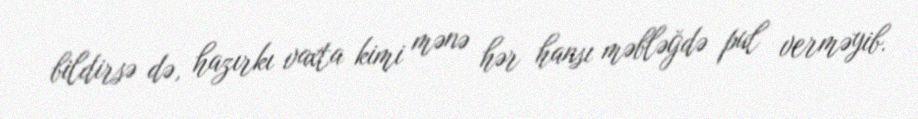
bildirsə də, hazırkı vaxta kimi mənə hər hansı məbləğdə pul verməyib.